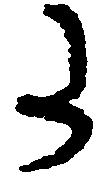
た